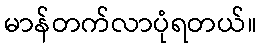
မာန်တက်လာပုံရတယ်။